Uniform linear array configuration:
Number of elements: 64
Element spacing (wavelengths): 0.25
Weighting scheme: kaiser
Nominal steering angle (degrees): -60
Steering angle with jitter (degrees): -61.41
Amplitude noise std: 0.05
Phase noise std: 0.05

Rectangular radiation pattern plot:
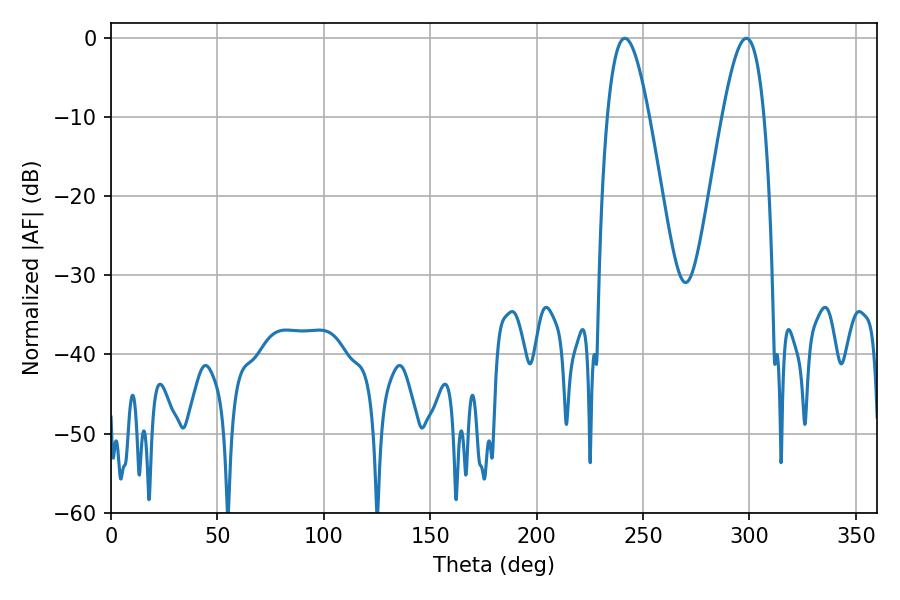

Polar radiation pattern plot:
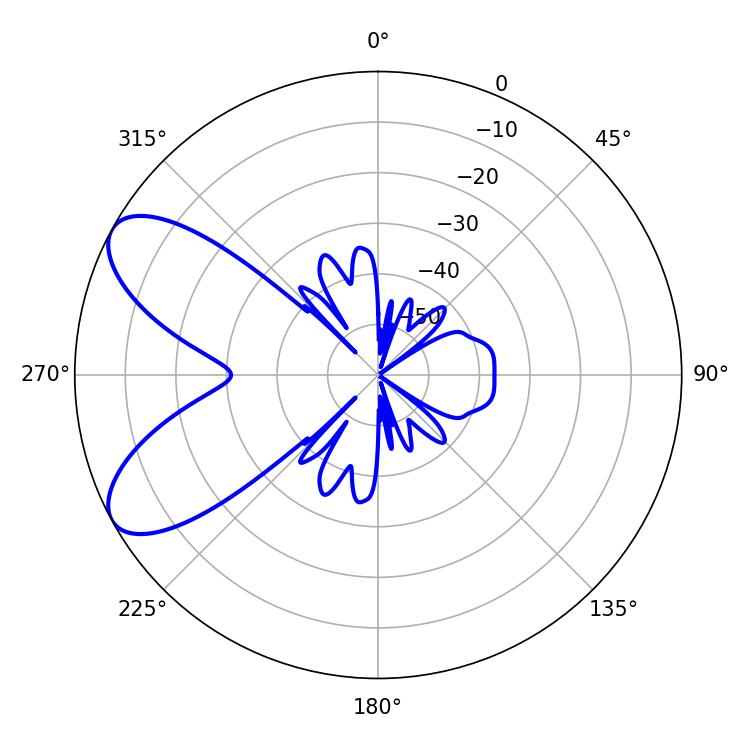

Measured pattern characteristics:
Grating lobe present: FALSE
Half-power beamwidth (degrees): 10.62
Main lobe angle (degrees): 241.38